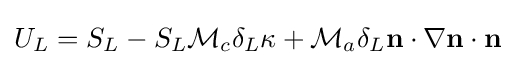
U_{L}=S_{L}-S_{L}{\mathcal {M}}_{c}\delta _{L}\kappa +{\mathcal {M}}_{a}\delta _{L}\mathbf {n} \cdot \nabla \mathbf {n} \cdot \mathbf {n}